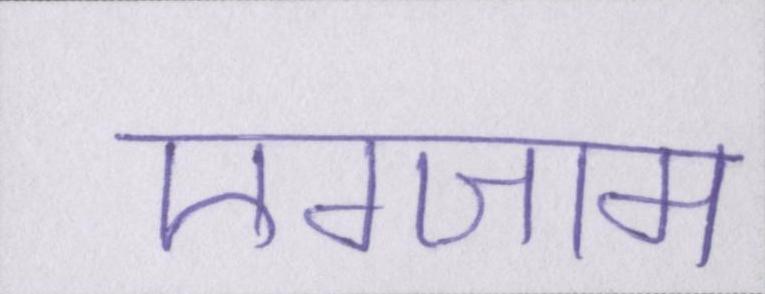
एग्जाम